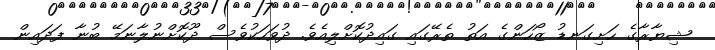
ޝިޔާރާގެ ހަށިގަނޑު ޒޯހަންގެ އަތު ތެރޭގައި ގައިދުކޮށްލިއެވެ. ދުވަހަކުވެސް ދޫކޮށްނުލާނަމޭ ބުނާ ފަދައިން